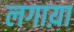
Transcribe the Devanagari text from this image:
लगाय़ा